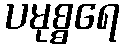
ပမုစ္စရေ